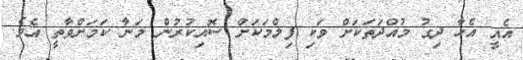
އެއީ އެހާ ދިގު މުއްދަތަކަށް ވަކި ފިލްމަކަށް ސޮއިކުރުން މަނާ ކަމަށްވާތީ އެވެ.